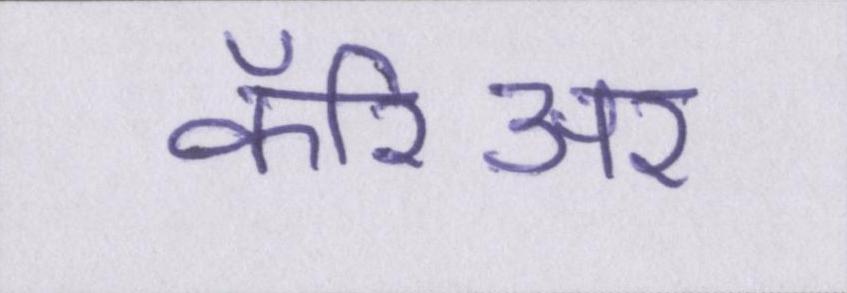
कॅरिअर